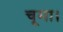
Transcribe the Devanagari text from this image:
चूमा।